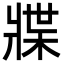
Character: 牃